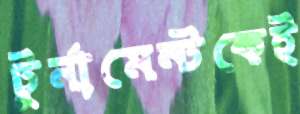
টুর্নামেন্টকেই